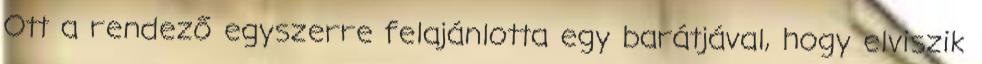
Ott a rendező egyszerre felajánlotta egy barátjával, hogy elviszik